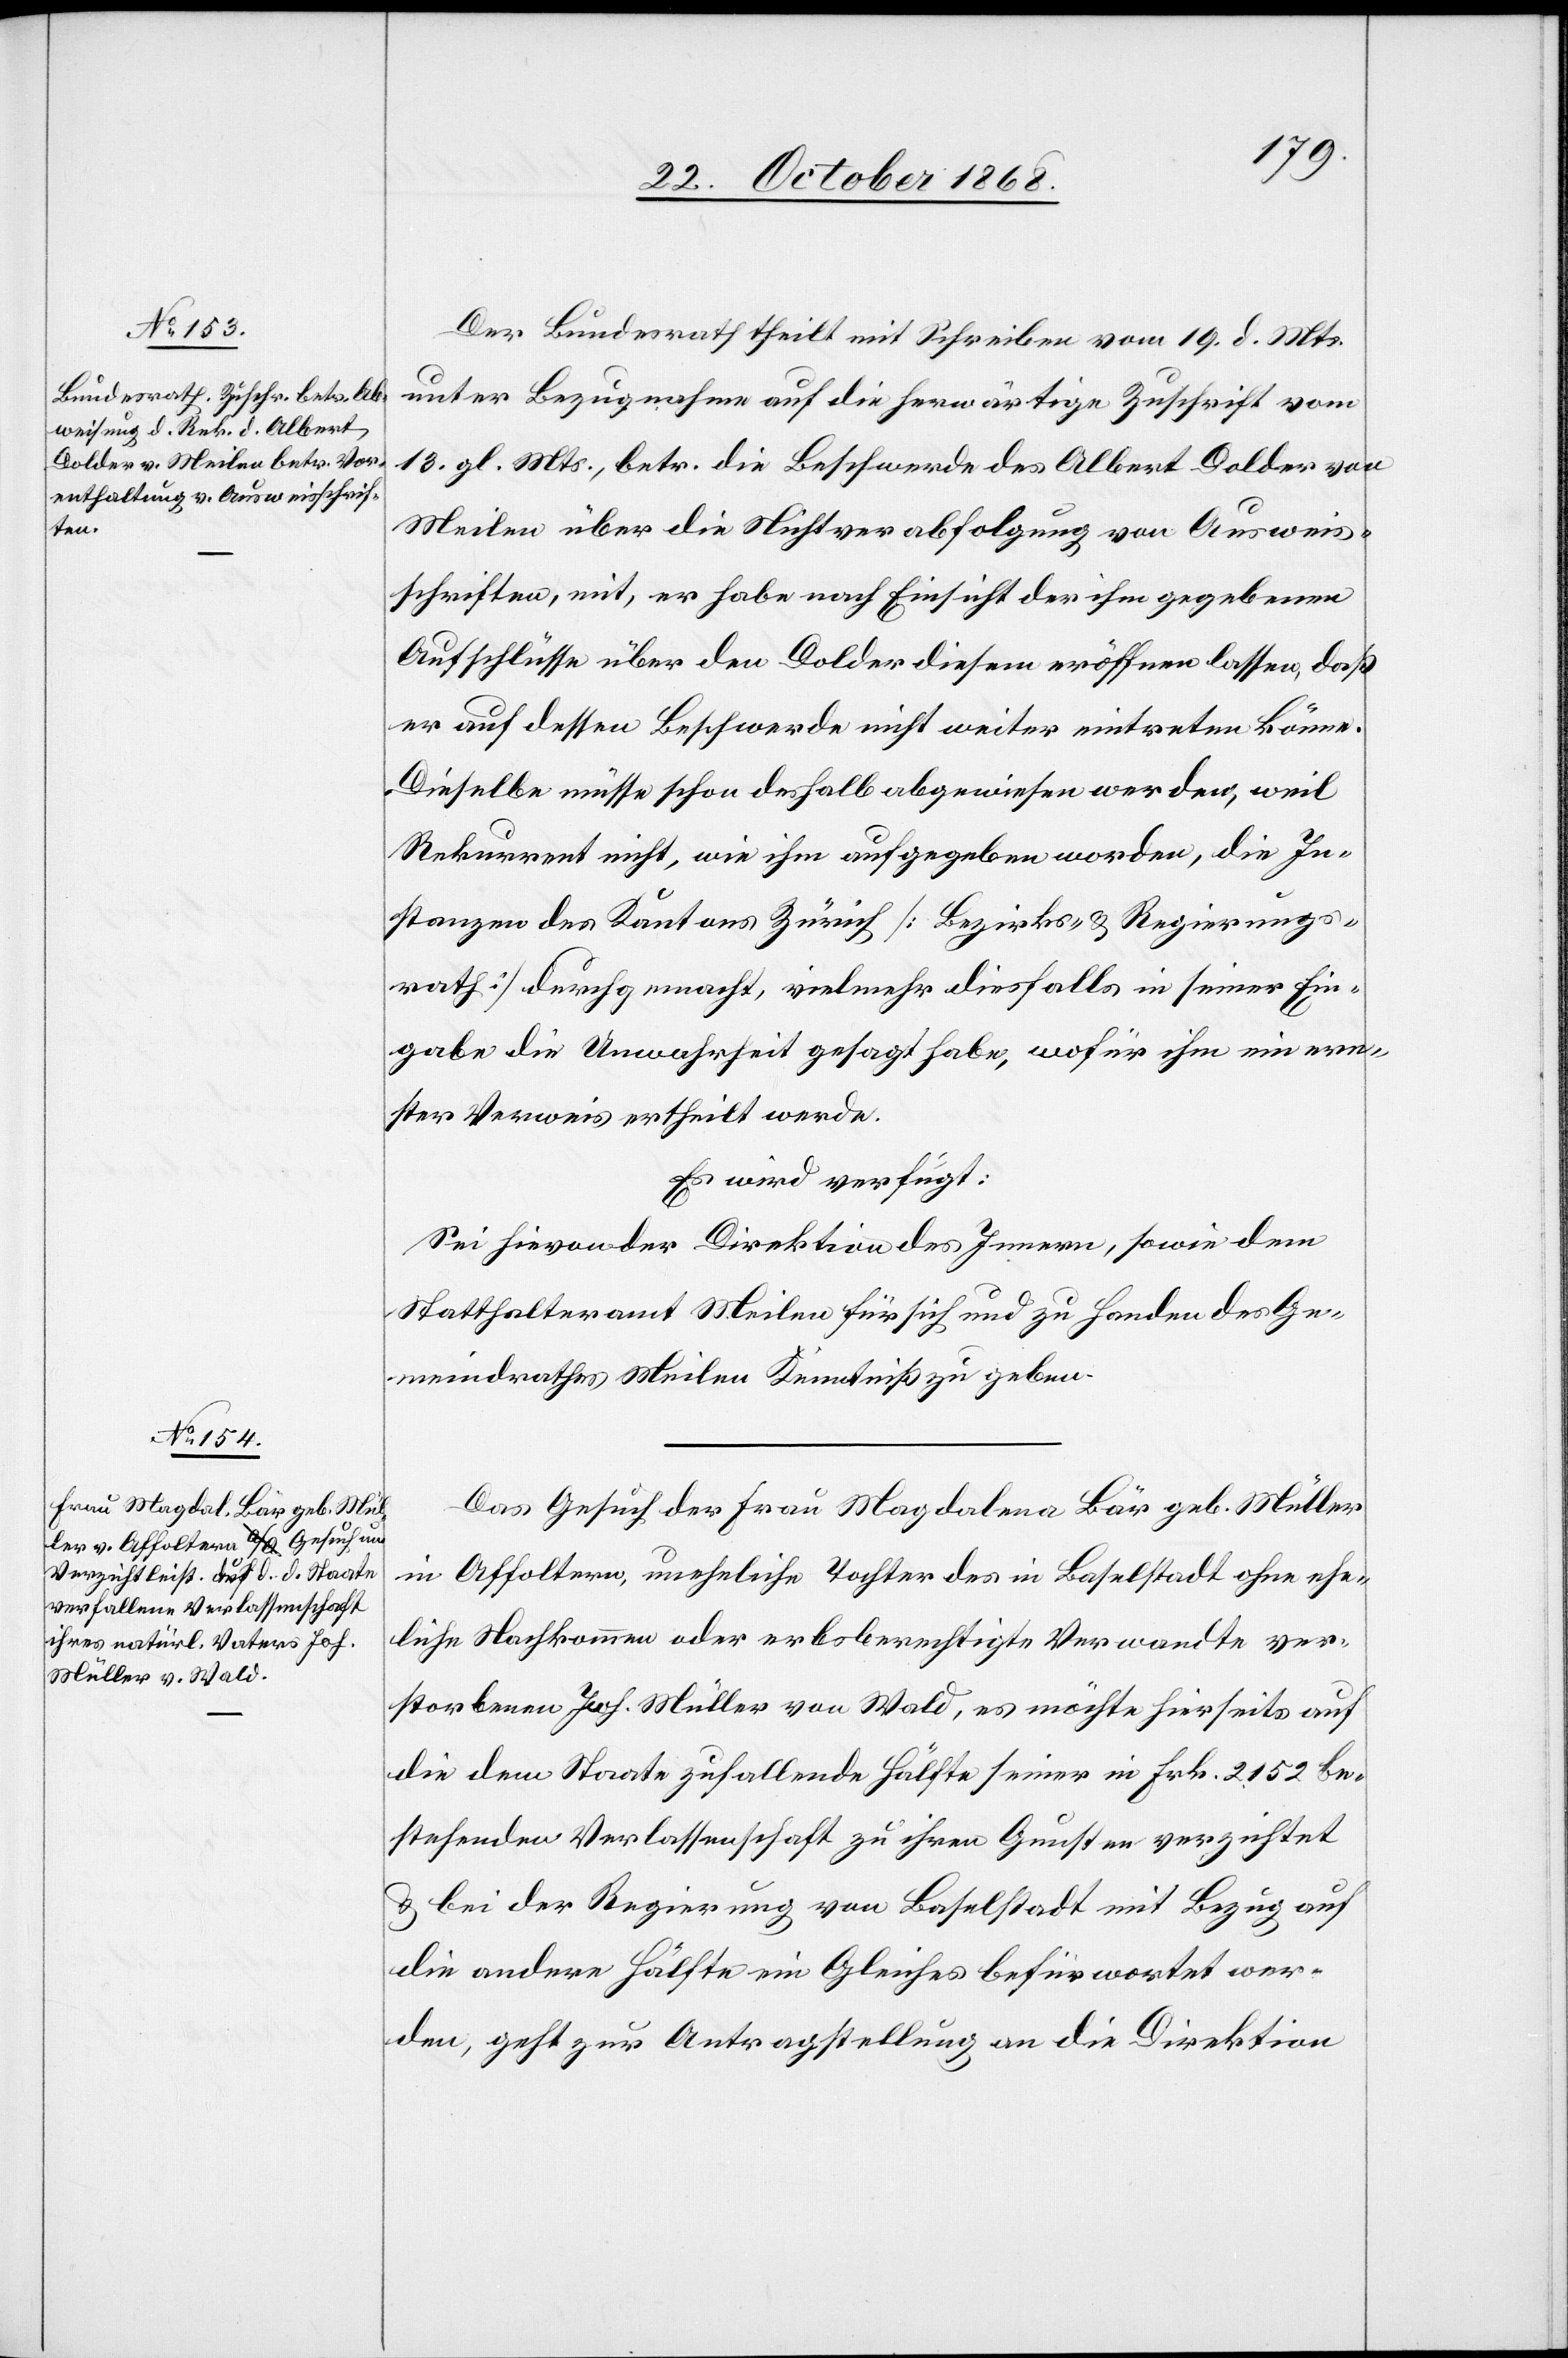
22. October 1868.]
Der Bundesrath theilt mit Schreiben vom 19. d. Mts.
unter Bezugnahme auf die herwärtige Zuschrift vom
13. gl. Mts., betr. die Beschwerde des Albert Dolder von
Meilen über die Nichtverabfolgung von Ausweis¬
schriften, mit, er habe nach Einsicht der ihm gegebenen
Aufschlüsse über den Dolder diesem eröffnen lassen, daß
er auf dessen Beschwerde nicht weiter eintreten könne.
Dieselbe müsse schon deshalb abgewiesen werden, weil
Rekurrent nicht, wie ihm aufgegeben worden, die In¬
stanzen des Kantons Zürich [Bezirks- & Regierungs¬
rath] durchgemacht, vielmehr diesfalls in seiner Ein¬
gabe die Unwahrheit gesagt habe, wofür ihm ein ern¬
ster Verweis ertheilt werde.
Es wird verfügt:
Sei hievon der Direktion des Innern, sowie dem
Statthalteramt Meilen für sich und zu Handen des Ge¬
meindrathes Meilen Kenntniß zu geben.
Das Gesuch der Frau Magdalena Bär geb. Müller
in Affoltern, uneheliche Tochter des in Baselstadt ohne ehe¬
liche Nachkommen oder erbsberechtigte Verwandte ver¬
storbenen Joh. Müller von Wald, es möchte hierseits auf
die dem Staate zufallende Hälfte seiner in Frk. 2152 be¬
stehenden Verlassenschaft zu ihren Gunsten verzichtet
& bei der Regierung von Baselstadt mit Bezug auf
die andere Hälfte ein Gleiches befürwortet wer¬
den, geht zur Antragstellung an die Direktion